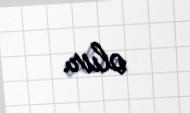
olur.